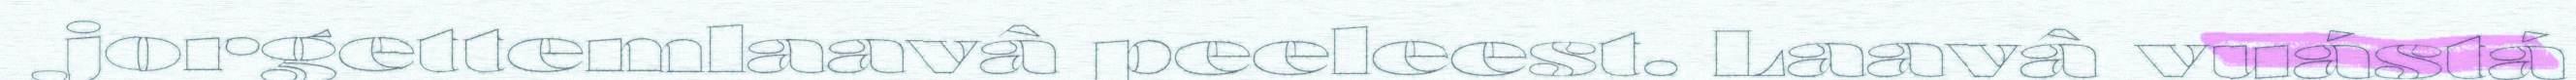
jorgettemlaavâ peeleest. Laavâ vuástá